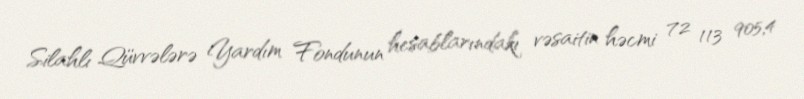
Silahlı Qüvvələrə Yardım Fondunun hesablarındakı vəsaitin həcmi 72 113 905,4